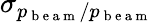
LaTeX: \sigma_{p_{\mathrm{~b~e~a~m~}}/p_{\mathrm{~b~e~a~m~}}}